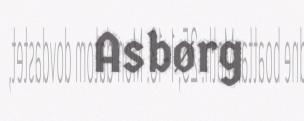
Asbørg